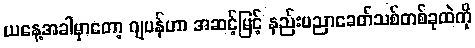
ယနေ့အခါမှာတော့ ဂျပန်ဟာ အဆင့်မြင့် နည်းပညာခေတ်သစ်တစ်ခုထဲကို